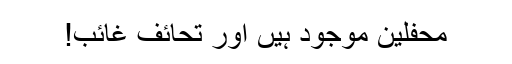
محفلین موجود ہیں اور تحائف غائب!